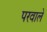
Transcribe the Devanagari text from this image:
परवाले